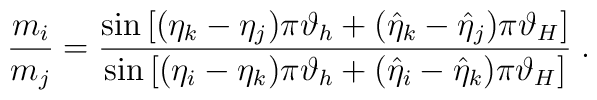
\frac{m_{i}}{m_{j}}=\frac{\sin \left[ (\eta _{k}-\eta _{j})\pi \vartheta_{h}+(\hat{\eta}_{k}-\hat{\eta}_{j})\pi \vartheta _{H}\right] }{\sin \left[(\eta _{i}-\eta _{k})\pi \vartheta _{h}+(\hat{\eta}_{i}-\hat{\eta}_{k})\pi\vartheta _{H}\right] }\;.